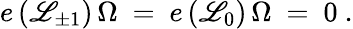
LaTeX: e\, (\mathscr{L}_{\pm1})\, \Omega\ =\ e\, (\mathscr{L}_{0})\, \Omega\ =\ 0\ .